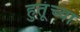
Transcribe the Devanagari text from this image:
हुतूंच्‍या